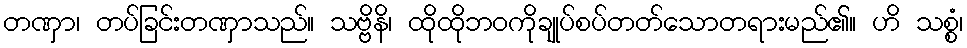
တဏှာ၊ တပ်ခြင်းတဏှာသည်။ သဗ္ဗိနိ၊ ထိုထိုဘဝကိုချုပ်စပ်တတ်သောတရားမည်၏။ ဟိ သစ္စံ၊